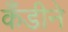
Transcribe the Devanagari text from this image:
कँडीने